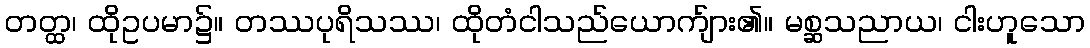
တတ္ထ၊ ထိုဥပမာ၌။ တဿပုရိသဿ၊ ထိုတံငါသည်ယောက်ျား၏။ မစ္ဆသညာယ၊ ငါးဟူသော